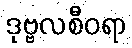
ဒုဗ္ဗလစီဝရာ